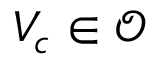
V _ { c } \in \mathcal { O }